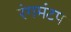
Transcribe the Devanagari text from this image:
रंगमंटप